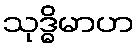
သုဒ္ဓိမာဟ